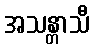
အသန္တာသီ